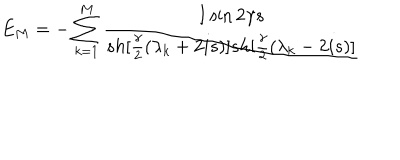
E _ { M } = - \sum _ { k = 1 } ^ { M } \frac { I \sin 2 \gamma s } { s h [ \frac { \gamma } { 2 } ( \lambda _ { k } + 2 i s ) ] s h [ \frac { \gamma } { 2 } ( \lambda _ { k } - 2 i s ) ] }